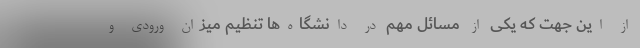
از این جهت که یکی از مسائل مهم در دانشگاه‌ها تنظیم میزان ورودی و